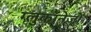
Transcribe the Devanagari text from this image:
ग्लुकानेजों